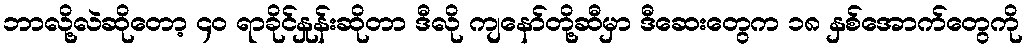
ဘာလို့လဲဆိုတော့ ၄၀ ရာခိုင်နှုန်းဆိုတာ ဒီလို ကျနော်တို့ဆီမှာ ဒီဆေးတွေက ၁၈ နှစ်အောက်တွေကို